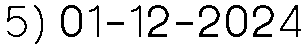
5) 01-12-2024